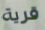
قرية